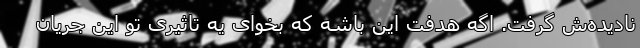
نادیده‌ش گرفت. اگه هدفت این باشه که بخوای یه تاثیری تو این جریان